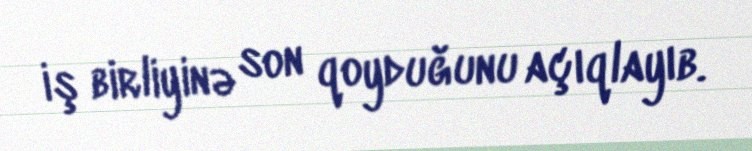
iş birliyinə son qoyduğunu açıqlayıb.